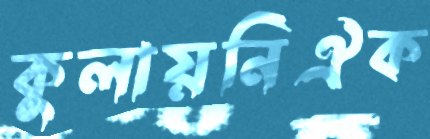
কুলায়নিঐক